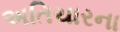
અતિચારના